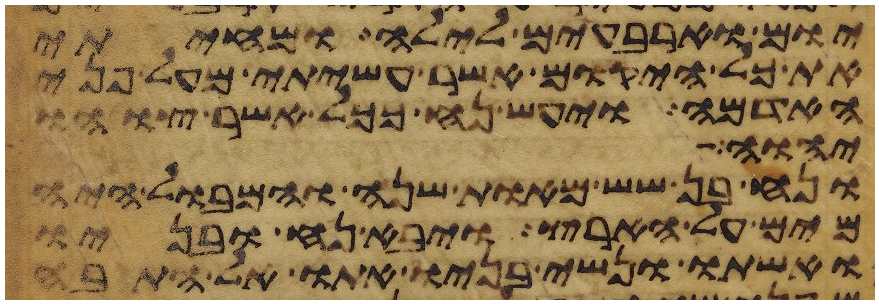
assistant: יום וארבעים לילה ומחיתי
את כל היקום אשר עשיתי מעל פני
האדמה ויעש נח ככל אשר צוהו
יהוה אל
ונח בן שש מאות שנה והמבול היה
מים על הארץ ויבא נח ובניו
ואשתו ונשי בניו אתו אל התבה